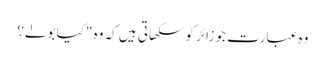
وہ عبارت جو زائر کو سکھاتی ہیں کہ وہ "کیا بولے؟